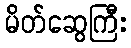
မိတ်ဆွေကြီး